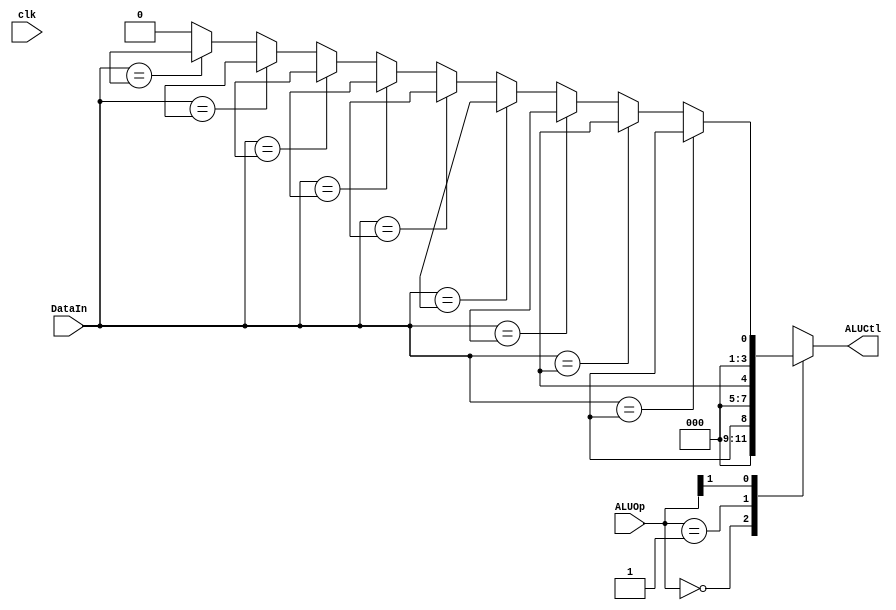
module ALUControl (
    input        clk,
    input  [1:0] ALUOp,
    input  [3:0] DataIn,  //instruction[30,14-12]
    output [3:0] ALUCtl,  //ALU控制信号
);
    always @(*)
     begin
        casex(ALUOp)
          2'b00: ALUCtl =  ALU_ADD;
          2'b01: ALUCtl =  ALU_SUB;
          2'b1x: 
            begin
                if     (DataIn == ALU_ADD)   ALUCtl = ALU_ADD;
                else if(DataIn == ALU_SUB)   ALUCtl = ALU_SUB;  
                else if(DataIn == ALU_SLL)   ALUCtl = ALU_SLL;
                else if(DataIn == ALU_SLT)   ALUCtl = ALU_SLT;
                else if(DataIn == ALU_XOR)   ALUCtl = ALU_XOR;
                else if(DataIn == ALU_SRL)   ALUCtl = ALU_SRL;
                else if(DataIn == ALU_SRA)   ALUCtl = ALU_SRA;
                else if(DataIn == ALU_OR )   ALUCtl = ALU_OR ;
                else if(DataIn == ALU_AND)   ALUCtl = ALU_AND;
                else                         ALUCtl = 4'd0;
            end
          default:  ALUCtl = 4'd0; 
        endcase
     end   
endmodule